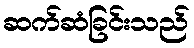
ဆက်ဆံခြင်းသည်